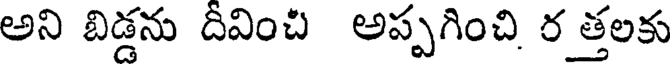
అని బిడ్డను దీవించి అప్పగించి ర త్తలకు